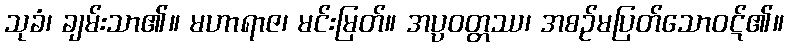
သုခံ၊ ချမ်းသာ၏။ မဟာရာဇ၊ မင်းမြတ်။ အပ္ပဝတ္တဿ၊ အစဉ်မပြတ်သောဝဋ်၏။